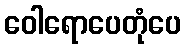
ဝေါရောပေတုံပေ